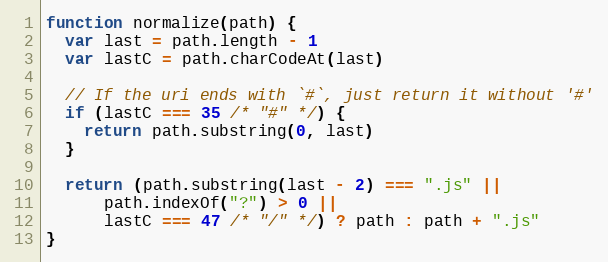
Language: JavaScript
function normalize(path) {
  var last = path.length - 1
  var lastC = path.charCodeAt(last)

  // If the uri ends with `#`, just return it without '#'
  if (lastC === 35 /* "#" */) {
    return path.substring(0, last)
  }

  return (path.substring(last - 2) === ".js" ||
      path.indexOf("?") > 0 ||
      lastC === 47 /* "/" */) ? path : path + ".js"
}